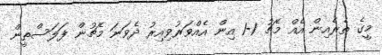
މީގެ ތެރެއިން އެއް މެޗު 1-1 އިން އެއްވަރުވިއިރު ދެވަނަ މެޗުން ފަލަސްތީން